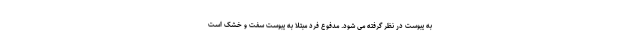
به یبوست در نظر گرفته می شود. مدفوع فرد مبتلا به یبوست سفت و خشک است